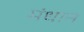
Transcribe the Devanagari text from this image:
मंधान